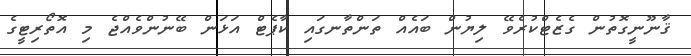
ޤާނޫނީގޮތުން ގެޒެޓްކުރެވޭ ލިޔުން ބައެއް ތަންތާނގައި ކާޕެޓް އަޅަން ބޭނުންވެއްޖެ މި އޮތޯރިޓީގެ